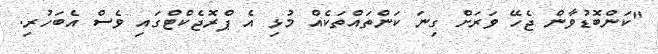
"ކަންބޮޑުވާން ޖެހޭ ވަރަށް ގިނަ ކަންތައްތަކެއް މުޅި އެ ޕްރޮޖެކްޓްގައި ވެސް އެބަހުރި.